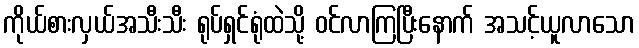
ကိုယ်စားလှယ်အသီးသီး ရုပ်ရှင်ရုံထဲသို့ ဝင်လာကြပြီးနောက် အသင့်ယူလာသော